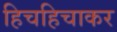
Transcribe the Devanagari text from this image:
हिचहिचाकर